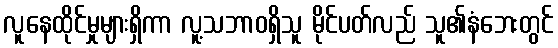
လူနေထိုင်မှုများရှိကာ လူ့သဘာဝရှိသူ မိုင်ပတ်လည် သူ၏နံဘေးတွင်